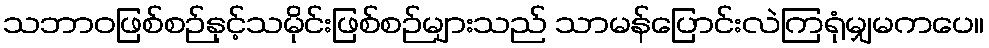
သဘာဝဖြစ်စဉ်နှင့်သမိုင်းဖြစ်စဉ်များသည် သာမန်ပြောင်းလဲကြရုံမျှမကပေ။